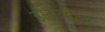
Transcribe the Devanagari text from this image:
डोमनीटर